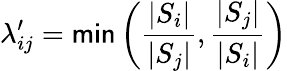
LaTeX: \lambda_{ij}^{\prime}=\textsf{min}\left(\frac{|S_{i}|}{|S_{j}|},\frac{|S_{j}|}{|S_{i}|}\right)